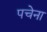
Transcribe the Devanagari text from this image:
पचेना